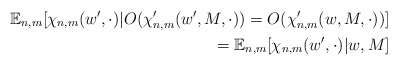
\begin{align*} \mathbb{E}_{n,m} [ \chi_{n,m}(w', \cdot) | O(\chi_{n,m}'(w', M, \cdot)) = O(\chi_{n,m}'(w, M, \cdot))] \\ = \mathbb{E}_{n,m} [ \chi_{n,m}(w', \cdot) | w, M]\end{align*}